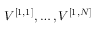
V ^ { [ { 1 } , { 1 } ] } , \ldots , V ^ { [ { 1 } , { N } ] }